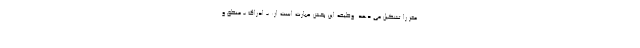
مغز را تشکیل می دهد. وظیفه این بخش عبارت است از: - ادراک - منطق و